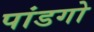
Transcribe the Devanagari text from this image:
पांडगो